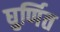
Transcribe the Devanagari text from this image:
घुर्णित